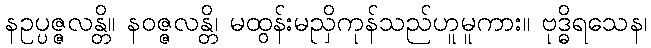
နဥပ္ပဇ္ဇလန္တိ။ နဝဇ္ဇလန္တိ၊ မထွန်းမညှိကုန်သည်ဟူမူကား။ ဗုဒ္ဓိရသေန၊